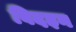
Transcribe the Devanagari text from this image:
विदइन